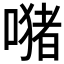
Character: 𱔢